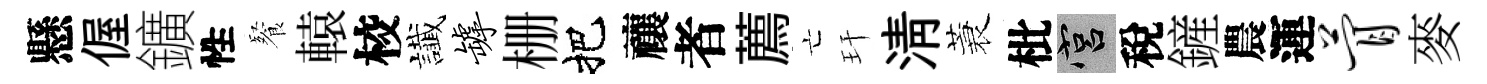
懸偓鑛性餐轅校䜟罅栅把禳者薦亡玕淸蓑枇宫稅鏟農運瞢麥